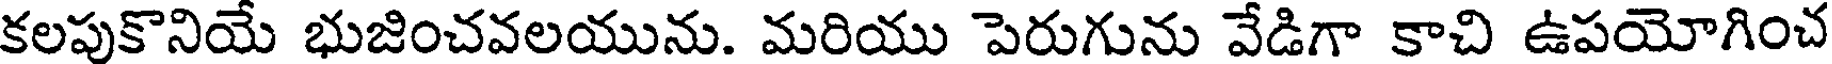
కలపుకొనియే భుజించవలయును. మరియు పెరుగును వేడిగా కాచి ఉపయోగించ